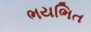
ભયભિત